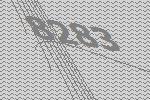
8283